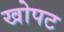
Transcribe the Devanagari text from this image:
खोपट